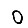
Digit: 0